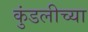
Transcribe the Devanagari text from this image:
कुंडलीच्या